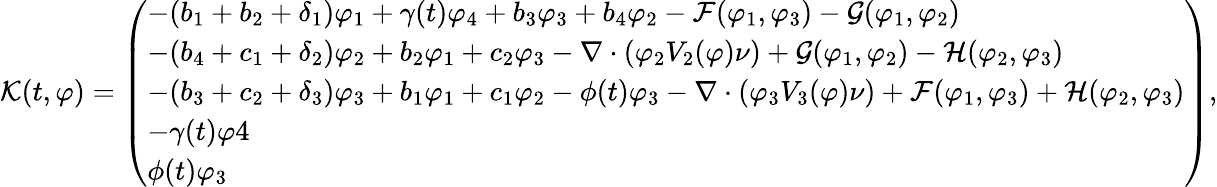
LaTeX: \mathcal{K}(t,\varphi)=\left(\begin{array}{l}{-(b_{1}+b_{2}+\delta_{1})\varphi_{1}+\gamma(t)\varphi_{4}+b_{3}\varphi_{3}+b_{4}\varphi_{2}-\mathcal{F}(\varphi_{1},\varphi_{3})-\mathcal{G}(\varphi_{1},\varphi_{2})}\\ {-(b_{4}+c_{1}+\delta_{2})\varphi_{2}+b_{2}\varphi_{1}+c_{2}\varphi_{3}-\nabla\cdot(\varphi_{2}V_{2}(\varphi)\nu)+\mathcal{G}(\varphi_{1},\varphi_{2})-\mathcal{H}(\varphi_{2},\varphi_{3})}\\ {-(b_{3}+c_{2}+\delta_{3})\varphi_{3}+b_{1}\varphi_{1}+c_{1}\varphi_{2}-\phi(t)\varphi_{3}-\nabla\cdot(\varphi_{3}V_{3}(\varphi)\nu)+\mathcal{F}(\varphi_{1},\varphi_{3})+\mathcal{H}(\varphi_{2},\varphi_{3})}\\ {-\gamma(t)\varphi 4}\\ {\phi(t)\varphi_{3}}\end{array}\right),